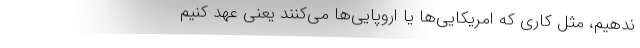
ندهیم، مثل کاری که امریکایی‌ها یا اروپایی‌ها می‌کنند یعنی عهد کنیم